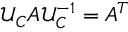
\mathcal { U } _ { C } A \mathcal { U } _ { C } ^ { - 1 } = A ^ { T }